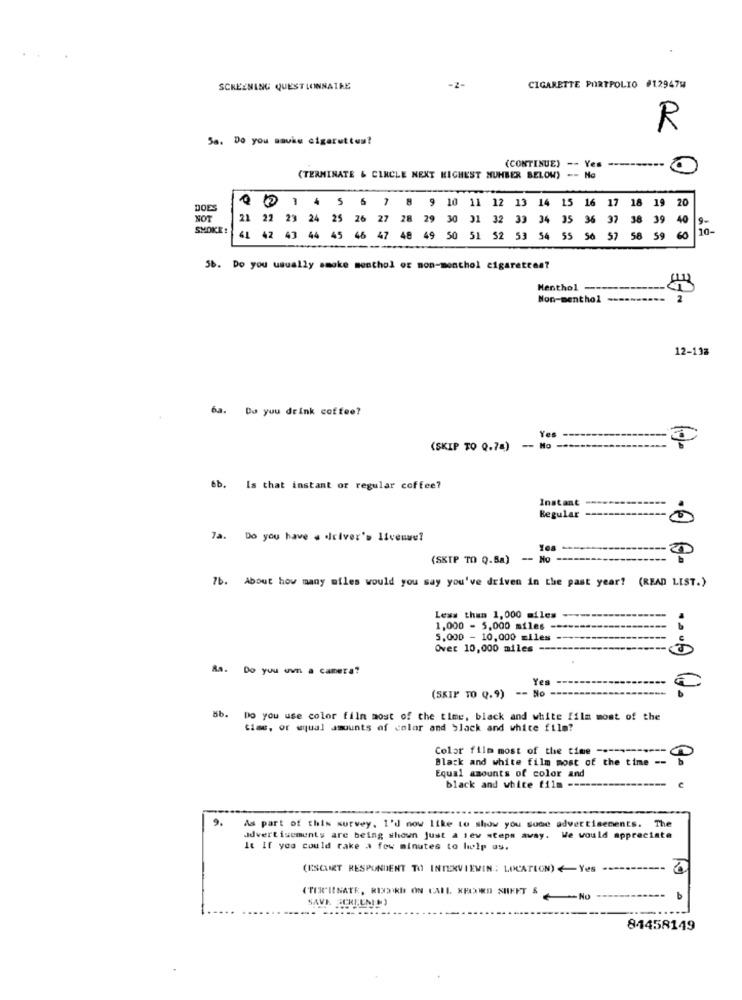
SCREENING QUESTIONNAIRE
-2-
CIGARETTE PORTFOLIO #12947w
R
Sa. Do you savas cigarettes?
(CONTINUE) -- Yes ---------
(TERMINATE & CIRCLE NEXT HIGHEST NUMBER BELOW)
- No
13 14 15 16 17 18 19 20
DOES
2 5 1 4 5 6 7 8 9 10 11 12
NOT
21 22 23 24 25 26 27 28 29 30 01 32 33 34 35 36 37 38 39 40
SMOKE!
41 42 43 44 45 46 47 48 49 50 51 52 53 54 55 56 57 58 59 60
5b. Do you usually smoke menthol or mon-menthol cigarettes?
Menthol ---
Non-menthol -----
12-13a
6a. Do you drink coffee?
Yes
(SKIP TO 0.74) -- No --
6b. Is that instant or regular coffee?
Instant
Regular
7a. Do you have a driver's license?
(SKIP TO Q.Ba) -- No
7b. About how many miles would you say you've driven in the past year? (READ LIST.)
Less than 1,000 miles
1,000 - 5,000 miles -
5.000 - 10,000 miles
Over 10,000 miles -----
------------
Ra. Do you own a camera?
Yes --
- No ---
(SKIP TO Q.9)
8b. Do you use color film most of the time, black and white film most of the
time, or wqual amounts of color and black and white film?
Color film most of the time --
Black and white film most of the time --
Equal amounts of color and
black and white film ----
9.
As part of this survey. I'd now like to show you sode advertisements. The
advertisements are being shown just a few steps away. We would appreciate
It If you could take a few minutes to help us.
(ESCURT RESPONDENT TO INTERVIEWIN: LOCATION) <Yes ------
(TER'IINATE, RIX3)KO ON CALL KECORD SHEET &
NAVE SCHIENEN)
No
--
b
81458149